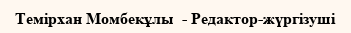
Темірхан Момбекұлы  - Редактор-жүргізуші